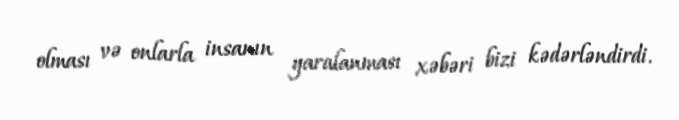
olması və onlarla insanın yaralanması xəbəri bizi kədərləndirdi.